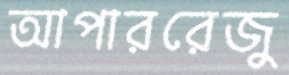
আপাররেজু